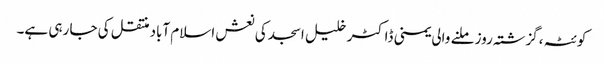
کوئٹہ ،گزشتہ روز ملنے والی یمنی ڈاکٹر خلیل اسجد کی نعش اسلام آباد منتقل کی جا رہی ہے۔